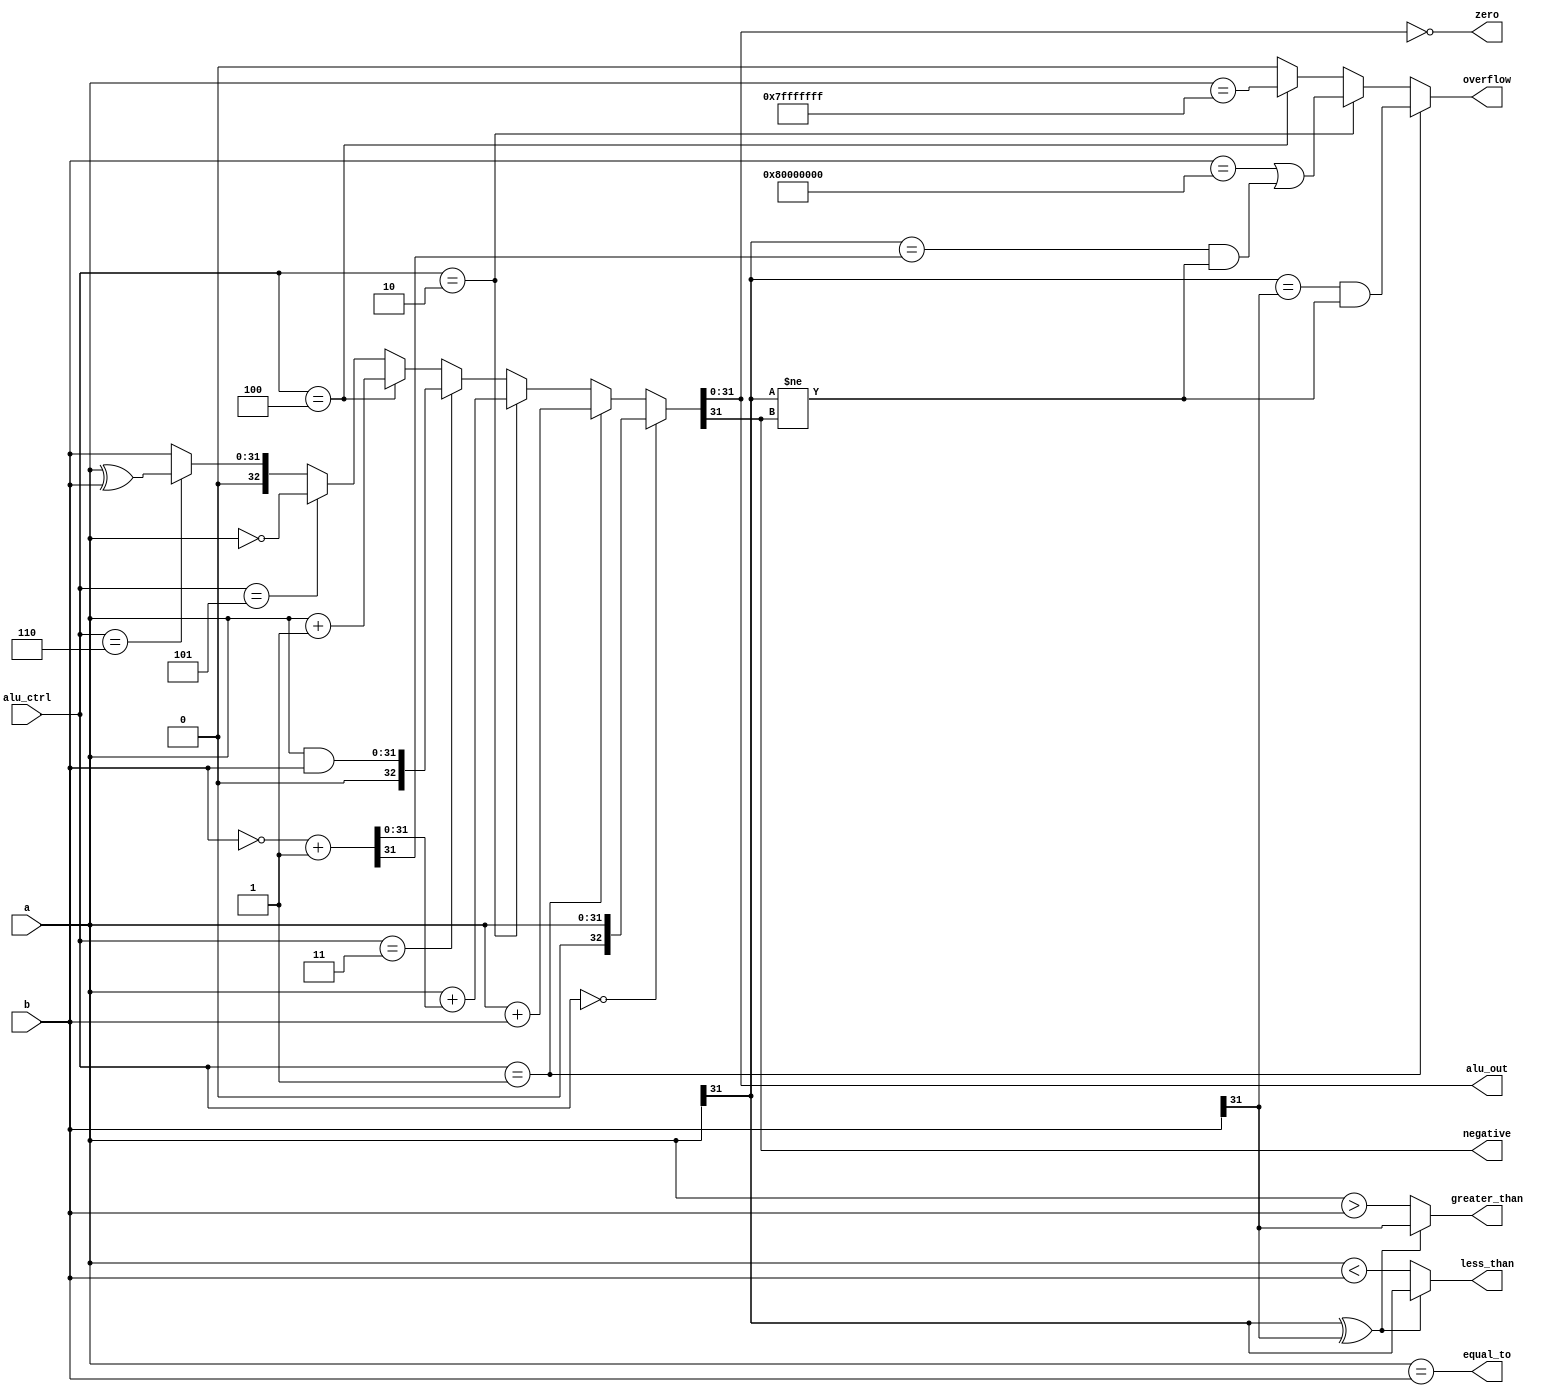
module ALU (
    input  [31:0] a,
    input  [31:0] b,
    input  [2:0]  alu_ctrl,
    output [31:0] alu_out,
    output        zero,
    output        negative,
    output        overflow,
    output        equal_to,
    output        less_than,
    output        greater_than
);

parameter LOAD_A = 3'b000;
parameter ADD    = 3'b001;
parameter SUB    = 3'b010;
parameter AND    = 3'b011;
parameter INCREM = 3'b100;
parameter NOT_A  = 3'b101;
parameter XOR    = 3'b110;
parameter LOAD_B = 3'b111;

parameter SIGNED_MAX = {1'b0, {31{1'b1}}};
parameter SIGNED_MIN = {1'b1, {31{1'b0}}};

wire carry_out;
wire [31:0] nb;

// two's complement
assign {carry_out, nb} = ~b + 1;

assign {carry_out, alu_out} =
    (alu_ctrl == LOAD_A) ? a      :
    (alu_ctrl == ADD)    ? a + b  :
    (alu_ctrl == SUB)    ? a + nb :
    (alu_ctrl == AND)    ? a & b  :
    (alu_ctrl == INCREM) ? a + 1  :
    (alu_ctrl == NOT_A)  ? ~a     :
    (alu_ctrl == XOR)    ? a ^ b  : b;

// the carry_out bit doesn't matter when checking for signed integer overflow
// the carry_out bit would only matter if the integers were unsigned
assign overflow =
    // a and b are positive and their sum is negative or a and b are negative and their sum is positive
    (alu_ctrl == ADD)    ? (a[31] == b[31] && a[31] != alu_out[31])                        :
    // there is no binary representation for -b with only 32 bits (b is the lowest negative signed integer) or
    // a and -b are positive and their sum is negative or a and -b are negative and their sum is positive
    (alu_ctrl == SUB)    ? (b == SIGNED_MIN || (a[31] == nb[31] && a[31] != alu_out[31]) ) :
    // a is the highest positive signed integer
    (alu_ctrl == INCREM) ? (a == SIGNED_MAX)                                               : 0;

assign zero         = (alu_out == 0);
assign negative     = alu_out[31];
assign equal_to     = (a == b);
assign less_than    = (a[31] ^ b[31]) ? a[31] : (a < b);
assign greater_than = (a[31] ^ b[31]) ? b[31] : (a > b);

endmodule